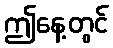
ဤနေ့တွင်